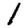
Digit: 1